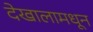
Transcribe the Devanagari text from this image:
देखालामधून